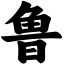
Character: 鲁